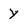
Character: Y